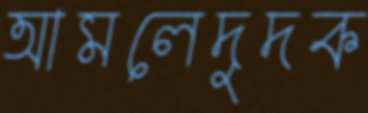
আমলেদুদক